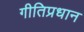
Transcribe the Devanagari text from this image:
गीतिप्रधान